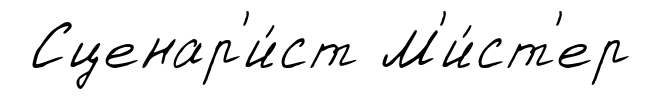
Сценар'и́ст М'и́ст'ер